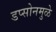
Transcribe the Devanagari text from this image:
डप्सोनमुळे